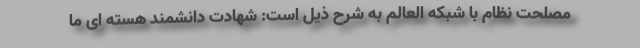
مصلحت نظام با شبکه العالم به شرح ذیل است: شهادت دانشمند هسته ای ما